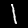
Label: 1